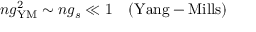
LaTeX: n g _ { \mathrm { Y M } } ^ { 2 } \sim n g _ { s } \ll 1 \ \ \ \mathrm { ( Y a n g - M i l l s ) }